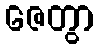
ဇေတွာ